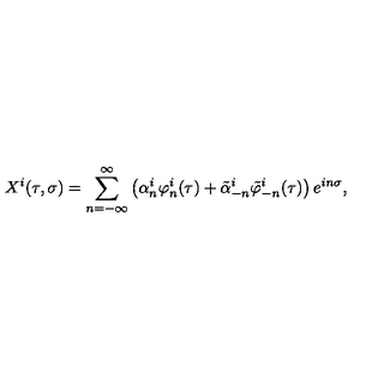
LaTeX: X ^ { i } ( \tau , \sigma ) = \sum _ { n = - \infty } ^ { \infty } \left( \alpha _ { n } ^ { i } \varphi _ { n } ^ { i } ( \tau ) + \tilde { \alpha } _ { - n } ^ { i } \tilde { \varphi } _ { - n } ^ { i } ( \tau ) \right) e ^ { i n \sigma } ,